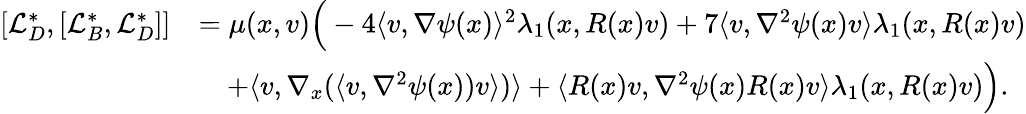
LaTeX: \begin{array}{rl}{[\mathcal{L}_{D}^{*},[\mathcal{L}_{B}^{*},\mathcal{L}_{D}^{*}]]}&{=\mu(x,v)\Big(-4\langle v,\nabla\psi(x)\rangle^{2}\lambda_{1}(x,R(x)v)+7\langle v,\nabla^{2}\psi(x)v\rangle\lambda_{1}(x,R(x)v)}\\ &{\quad+\langle v,\nabla_{x}(\langle v,\nabla^{2}\psi(x))v\rangle)\rangle+\langle R(x)v,\nabla^{2}\psi(x)R(x)v\rangle\lambda_{1}(x,R(x)v)\Big).}\end{array}